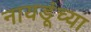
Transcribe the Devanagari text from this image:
नायडूंच्या